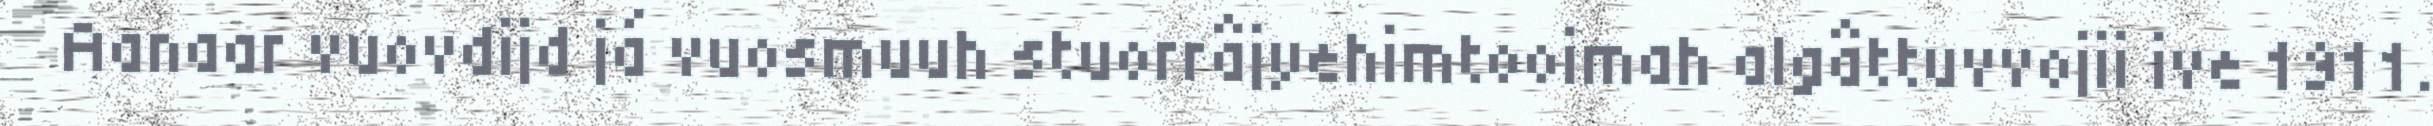
Aanaar vuovdijd já vuosmuuh stuorrâjyehimtooimah algâttuvvojii ive 1911.